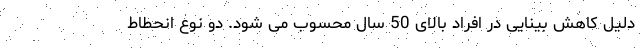
دلیل کاهش بینایی در افراد بالای 50 سال محسوب می شود. دو نوع انحطاط